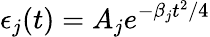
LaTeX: \epsilon_{j}(t)=A_{j}e^{-\beta_{j}t^{2}/4}